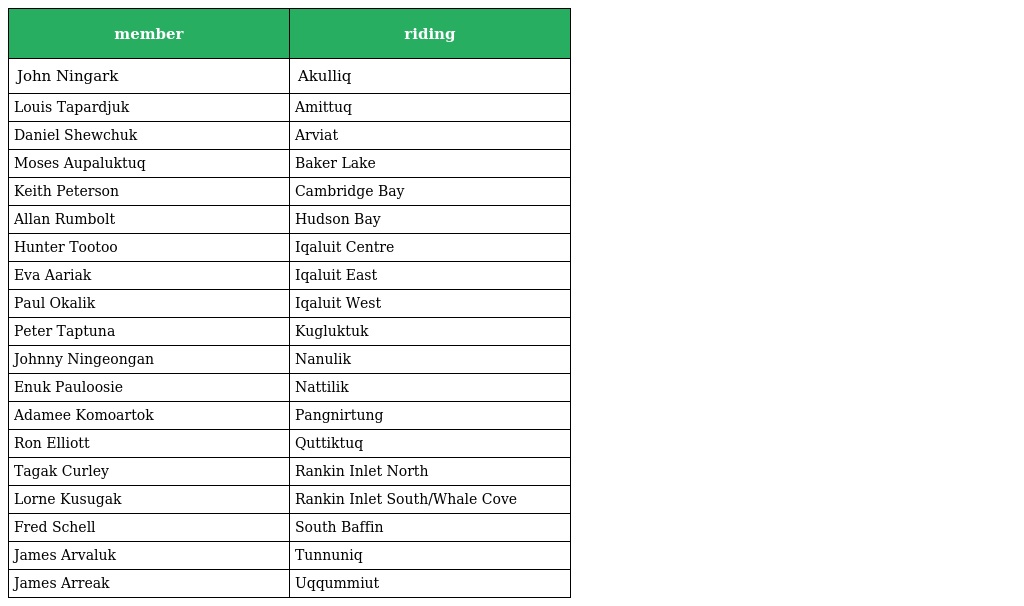
| member | riding |
 | --- | --- |
 | John Ningark | Akulliq |
 | Louis Tapardjuk | Amittuq |
 | Daniel Shewchuk | Arviat |
 | Moses Aupaluktuq | Baker Lake |
 | Keith Peterson | Cambridge Bay |
 | Allan Rumbolt | Hudson Bay |
 | Hunter Tootoo | Iqaluit Centre |
 | Eva Aariak | Iqaluit East |
 | Paul Okalik | Iqaluit West |
 | Peter Taptuna | Kugluktuk |
 | Johnny Ningeongan | Nanulik |
 | Enuk Pauloosie | Nattilik |
 | Adamee Komoartok | Pangnirtung |
 | Ron Elliott | Quttiktuq |
 | Tagak Curley | Rankin Inlet North |
 | Lorne Kusugak | Rankin Inlet South/Whale Cove |
 | Fred Schell | South Baffin |
 | James Arvaluk | Tunnuniq |
 | James Arreak | Uqqummiut |